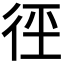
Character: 𭛩